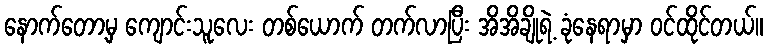
နောက်တော့မှ ကျောင်းသူလေး တစ်ယောက် တက်လာပြီး အိအိချိုရဲ့ ခုံနေရာမှာ ဝင်ထိုင်တယ်။